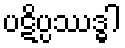
ပဋိပ္ပဿဒ္ဓါ